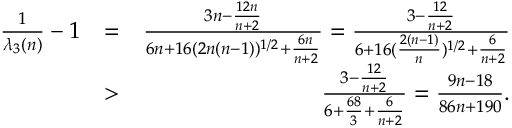
\begin{array} { r l r } { \frac { 1 } { \lambda _ { 3 } ( n ) } - 1 } & { = } & { \frac { 3 n - \frac { 1 2 n } { n + 2 } } { 6 n + 1 6 ( 2 n ( n - 1 ) ) ^ { 1 / 2 } + \frac { 6 n } { n + 2 } } = \frac { 3 - \frac { 1 2 } { n + 2 } } { 6 + 1 6 ( \frac { 2 ( n - 1 ) } { n } ) ^ { 1 / 2 } + \frac { 6 } { n + 2 } } } \\ & { > } & { \frac { 3 - \frac { 1 2 } { n + 2 } } { 6 + \frac { 6 8 } 3 + \frac { 6 } { n + 2 } } = \frac { 9 n - 1 8 } { 8 6 n + 1 9 0 } . } \end{array}